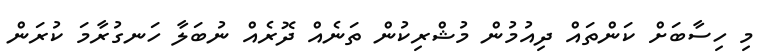
މި ހިސާބަށް ކަންތައް ދިއުމުން މުޝްރިކުން ތަނެއް ދޮރެއް ނުބަލާ ހަނގުރާމަ ކުރަން